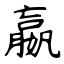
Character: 嬴